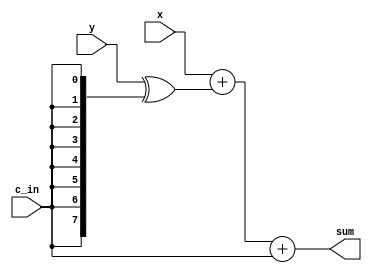
module ADD_SUB#(
	parameter N = 8
)(
	input c_in,
	input [N-1:0] x, y,
	output [N-1:0] sum
);

wire     [N-1:0] t;

assign t = y ^ {N{c_in}};
assign sum = x + t + c_in;

endmodule